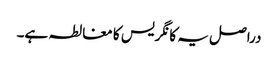
دراصل یہ کانگریس کا مغالطہ ہے۔